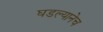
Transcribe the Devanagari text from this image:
घडल्यानेच